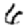
Digit: 6